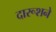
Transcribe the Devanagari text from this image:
दारूशने